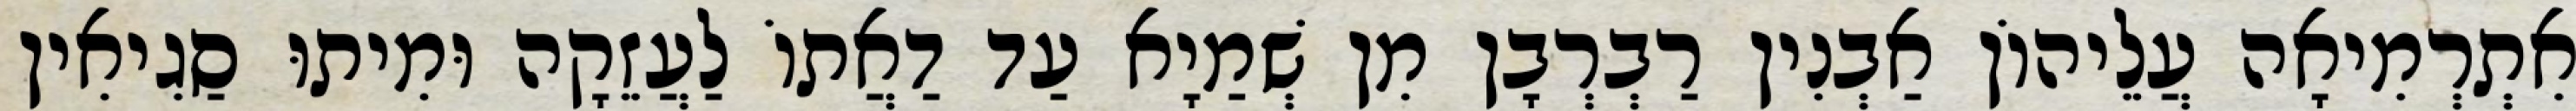
אִתְרְמִיאָה עֲלֵיהוֹן אַבְנִין רַבְרְבָן מִן שְׁמַיָא עַד דַאֲתוֹ לַעֲזֵקָה וּמִיתוּ סַגִיאִין